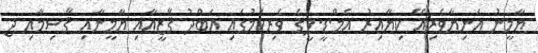
ޔާމީނު އަނިޔާވެރިއޭ ކިޔާއިރު އެމް.ޑީ.ޕީގެ ވެރިކަމުގައި ޢަބްދު ޤާޒީއާއި ޔާމީނާއި ޤާސިމާއި ޖ